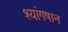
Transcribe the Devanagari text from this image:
श्यांगषान